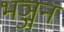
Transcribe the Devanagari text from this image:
भञ्जन